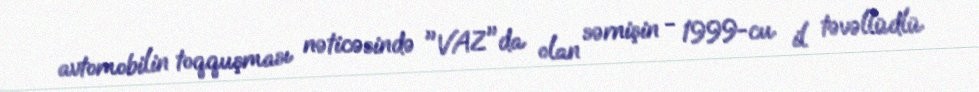
avtomobilin toqquşması nəticəsində "VAZ"da olan sərnişin - 1999-cu il təvəllüdlü